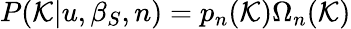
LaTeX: P(\mathcal{K}|u,\beta_{S},n)=p_{n}(\mathcal{K})\Omega_{n}(\mathcal{K})